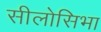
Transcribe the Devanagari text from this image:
सीलोसिभा